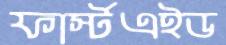
ফার্স্টএইড